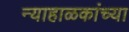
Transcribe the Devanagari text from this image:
न्याहाळकांच्या